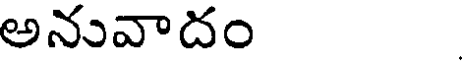
అనువాదం